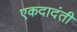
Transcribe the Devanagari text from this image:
एकदादंती